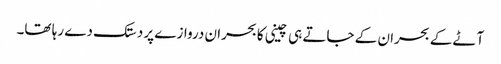
آٹے کے بحران کے جاتے ہی چینی کا بحران دروازے پر دستک دے رہا تھا۔